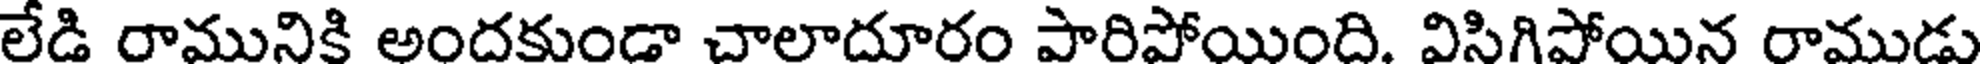
లేడి రామునికి అందకుండా చాలాదూరం పారిపోయింది. విసిగిపోయిన రాముడు